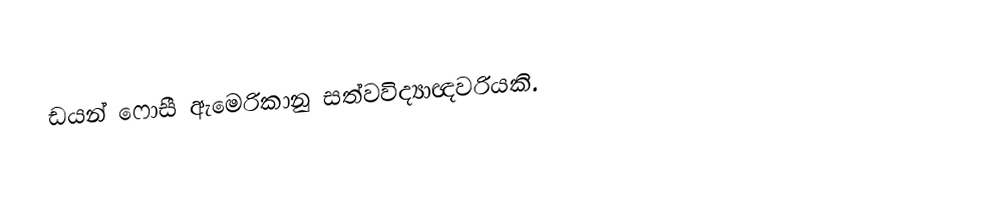
ඩයන් ෆොසී ඇමෙරිකානු සත්වවිද්‍යාඥවරියකි.